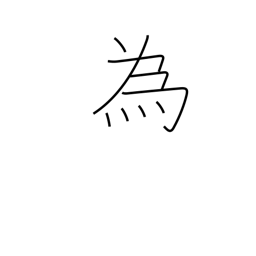
Meaning: do